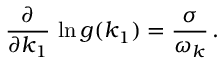
\frac { \partial } { \partial k _ { 1 } } \, \ln g ( k _ { 1 } ) = \frac { \sigma } { \omega _ { k } } \, .